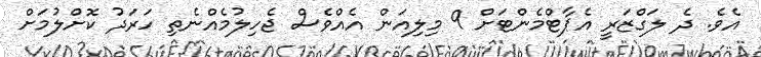
އެވެ. ދެ ލަގްޒަރީ އެޕާޓްމެންޓަށް 9 މިލިއަން އެއްވެސް ޖެހިލުމެއްނެތި ހަރަދު ކޮށްލުމަށް